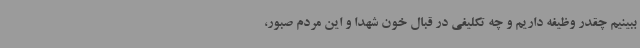
ببینیم چقدر وظیفه داریم و چه تکلیفی در قبال خون شهدا و این مردم صبور،